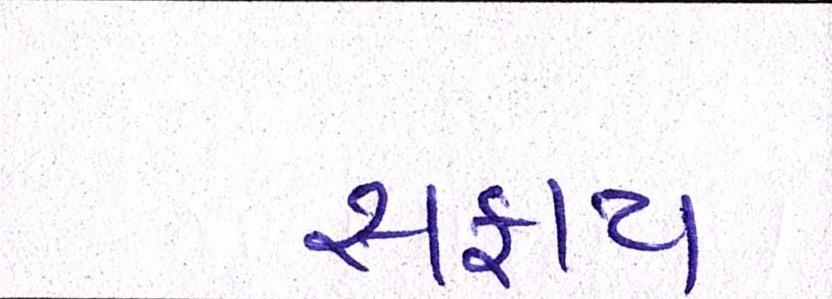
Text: સફાય